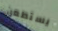
يستطعن